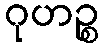
ဂုဟဉ္စ